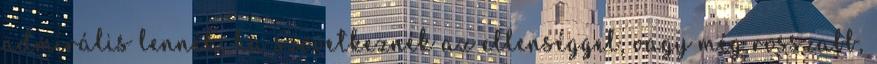
admirális lennék, ha szövetkeznék az ellenséggel, vagy még rosszabb,